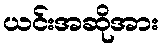
ယင်းအဆိုအား